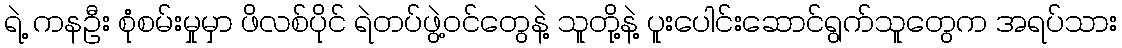
ရဲ့ ကနဦး စုံစမ်းမှုမှာ ဖိလစ်ပိုင် ရဲတပ်ဖွဲ့ဝင်တွေနဲ့ သူတို့နဲ့ ပူးပေါင်းဆောင်ရွက်သူတွေက အရပ်သား